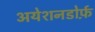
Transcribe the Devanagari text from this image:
अयेशनडोर्फ़